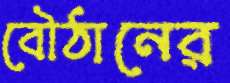
বৌঠানের